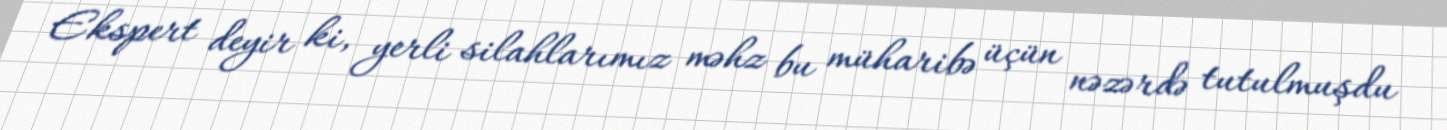
Ekspert deyir ki, yerli silahlarımız məhz bu müharibə üçün nəzərdə tutulmuşdu